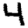
Digit: 4